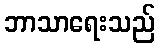
ဘာသာရေးသည်